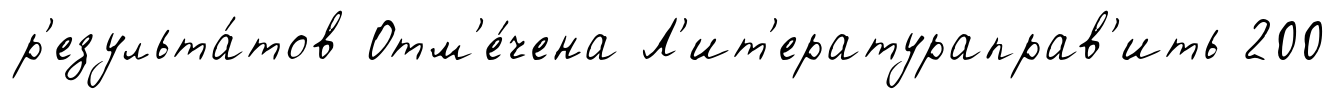
р'езульта́тов Отм'е́чена Л'ит'ератураправ'ить 200